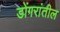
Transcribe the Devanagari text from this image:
डोंगरांतील